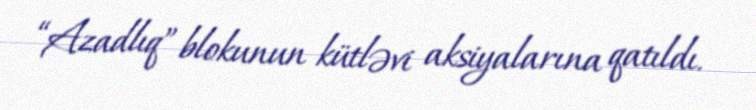
“Azadlıq” blokunun kütləvi aksiyalarına qatıldı.